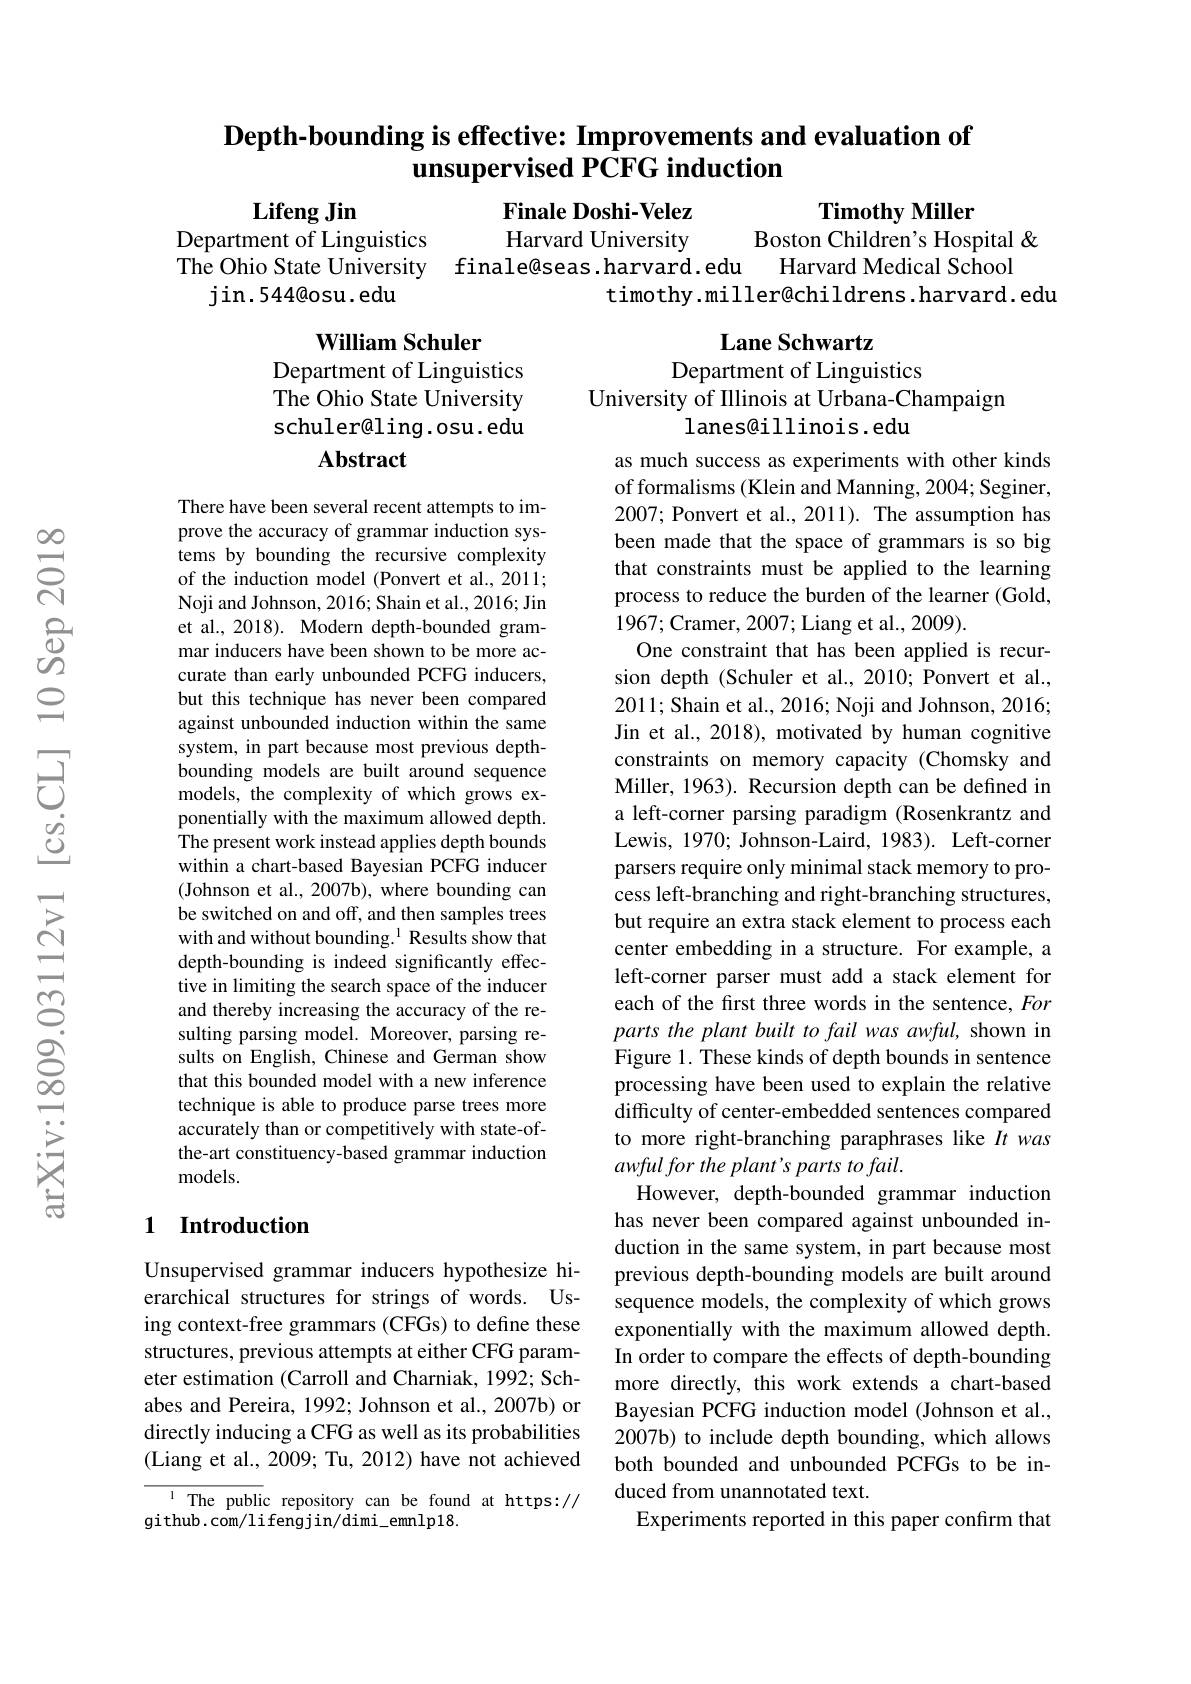
## $\textbf{Depth- bounding is effective: Improvements and evaluation of}$ unsupervised PCFG induction

Timothy Miller
Boston Children's Hospital &

Lifeng Jin
$\begin{array}{l}{\mathrm{Department~of~Linguistics}}\\{\mathrm{The~Ohio~State~University}}\end{array}$
jin. 544@ osu. edu

Finale Doshi-Velez Harvard University
finale@seas .harvard .edu
Harvard Medical School
timothy.miller@childrens.harvard.edu

Lane Schwartz
Department of Linguistics
University of Illinois at Urbana-Champaign
lanes@illinois.edu

William Schuler
Department of Linguistics The Ohio State University schuler@ling.osu.edu
Abstract

There have been several recent attempts to improve the accuracy of grammar induction systems by bounding the recursive complexity of the induction model (Ponvert et al., 2011; Noji and Johnson, 2016; Shain et al., 2016; Jin et al., 2018). Modern depth-bounded grammar inducers have been shown to be more accurate than early unbounded PCFG inducers, but this technique has never been compared against unbounded induction within the same system, in part because most previous depthbounding models are built around sequence models, the complexity of which grows exponentially with the maximum allowed depth. The present work instead applies depth bounds within a chart-based Bayesian PCFG inducer (Johnson et al., 2007b), where bounding can be switched on and off, and then samples trees with and without bounding.$^1$ Results show that depth-bounding is indeed significantly effective in limiting the search space of the inducer and thereby increasing the accuracy of the resulting parsing model. Moreover, parsing results on English, Chinese and German show that this bounded model with a new inference technique is able to produce parse trees more accurately than or competitively with state-ofthe-art constituency-based grammar induction ${\mathrm{models.}}$

as much success as experiments with other kinds of formalisms (Klein and Manning, 2004; Seginer, 2007; Ponvert et al., 2011). The assumption has been made that the space of grammars is so big that constraints must be applied to the learning process to reduce the burden of the learner (Gold, 1967;Cramer, 2007; Liang et al., 2009).
One constraint that has been applied is recursion depth (Schuler et al., 2010; Ponvert et al., 2011; Shain et al., 2016; Noji and Johnson, 2016; Jin et al., 2018), motivated by human cognitive constraints on memory capacity (Chomsky and Miller, 1963). Recursion depth can be defined in a left-corner parsing paradigm (Rosenkrantz and Lewis, 1970; Johnson-Laird, 1983). Left-corner parsers require only minimal stack memory to process left-branching and right-branching structures, but require an extra stack element to process each center embedding in a structure. For example, a left-corner parser must add a stack element for each of the first three words in the sentence, For parts the plant built to fail was awful, shown in Figure 1. These kinds of depth bounds in sentence processing have been used to explain the relative difficulty of center-embedded sentences compared to more right-branching paraphrases like $It$ was $awful\textit{for the plant' s parts to fail. }$
However, depth-bounded grammar induction has never been compared against unbounded induction in the same system, in part because most previous depth-bounding models are built around sequence models, the complexity of which grows exponentially with the maximum allowed depth. In order to compare the effects of depth-bounding more directly, this work extends a chart-based Bayesian PCFG induction model (Johnson et al., 2007b) to include depth bounding, which allows both bounded and unbounded PCFGs to be induced from unannotated text.
Experiments reported in this paper confirm that

## 1 Introduction

Unsupervised grammar inducers hypothesize hierarchical structures for strings of words. Using context-free grammars (CFGs) to define these structures, previous attempts at either CFG parameter estimation (Carroll and Charniak, 1992; Schabes and Pereira, 1992; Johnson et al., 2007b) or directly inducing a CFG as well as its probabilities (Liang et al., 2009; Tu, 2012) have not achieved

$\overline{{^{1}\text{The public repository can be found at https://}}}$
github.com/lifengjin/dimi\_emnlp18